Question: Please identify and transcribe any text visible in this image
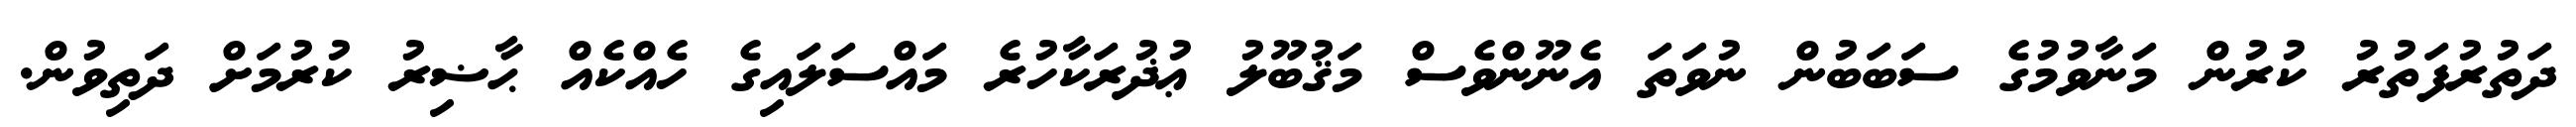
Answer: ދަތުރުފަތުރު ކުރުން މަނާވުމުގެ ސަބަބުން ނުވަތަ އެނޫންވެސް މަޤުބޫލު ޢުޛުރަކާހުރެ މައްސަލައިގެ ހެއްކެއް ޙާޟިރު ކުރުމަށް ދަތިވުން.